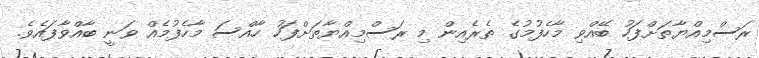
ރަސްމިއްޔާތަށްފަހު ބޭއްވި މާހެފުމުގެ ތެރެއިން މި ރަސްމިއްޔާތަަށްފަހު ހާއްސަ މާހެފުމެއް ވަނީ ބާއްވާފައެވެ.